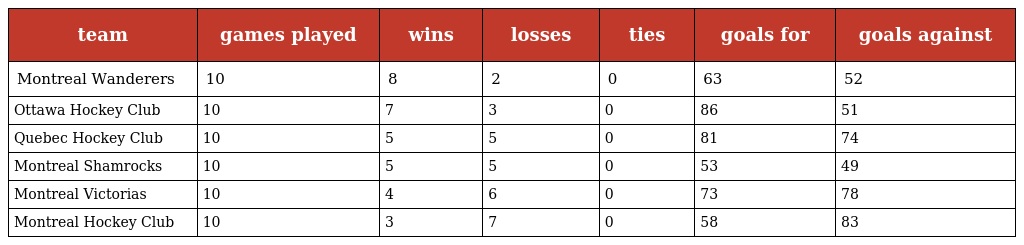
| team | games played | wins | losses | ties | goals for | goals against |
 | --- | --- | --- | --- | --- | --- | --- |
 | Montreal Wanderers | 10 | 8 | 2 | 0 | 63 | 52 |
 | Ottawa Hockey Club | 10 | 7 | 3 | 0 | 86 | 51 |
 | Quebec Hockey Club | 10 | 5 | 5 | 0 | 81 | 74 |
 | Montreal Shamrocks | 10 | 5 | 5 | 0 | 53 | 49 |
 | Montreal Victorias | 10 | 4 | 6 | 0 | 73 | 78 |
 | Montreal Hockey Club | 10 | 3 | 7 | 0 | 58 | 83 |